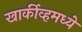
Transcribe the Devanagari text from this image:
खार्कीव्हमध्ये